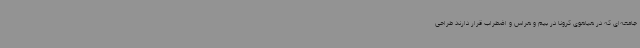
جامعه‌ای که در هیاهوی کرونا در بیم و هراس و اضطراب قرار دارند طراحی